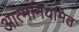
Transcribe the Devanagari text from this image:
आत्मनियमित